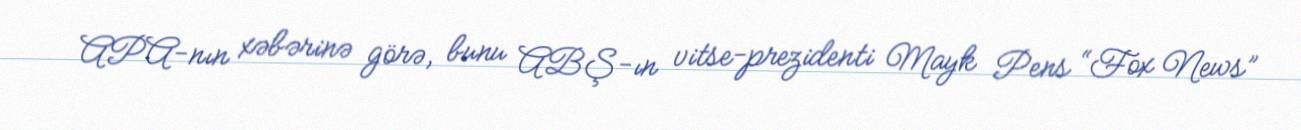
APA-nın xəbərinə görə, bunu ABŞ-ın vitse-prezidenti Mayk Pens “Fox News”